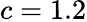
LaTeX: c=1.2